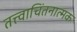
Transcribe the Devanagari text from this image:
तत्त्वाचिंतनात्मक